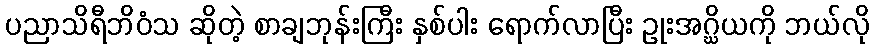
ပညာသိရီဘိဝံသ ဆိုတဲ့ စာချဘုန်းကြီး နှစ်ပါး ရောက်လာပြီး ဥုးအဂ္ဃိယကို ဘယ်လို